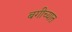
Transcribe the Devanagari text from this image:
बगीच्यात